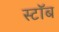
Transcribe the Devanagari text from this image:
स्टॉब